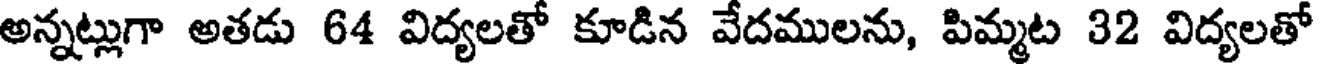
అన్నట్లుగా అతడు 64 విద్యలతో కూడిన వేదములను, పిమ్మట 32 విద్యలతో